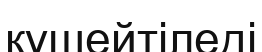
күшейтіледі